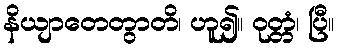
နိယျာတေတွာတိ၊ ဟူ၍။ ဝုတ္တံ၊ ပြီ။